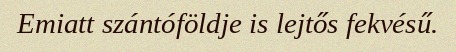
Emiatt szántóföldje is lejtős fekvésű.